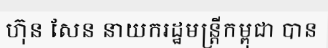
ហ៊ុន សែន នាយករដ្ឋមន្ត្រីកម្ពុជា បាន